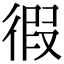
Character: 徦